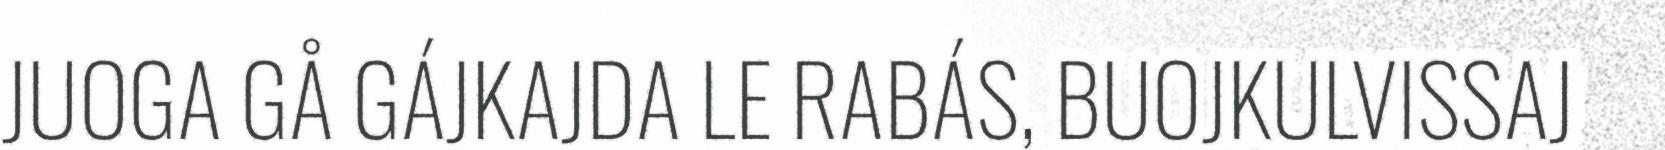
JUOGA GÅ GÁJKAJDA LE RABÁS, BUOJKULVISSAJ